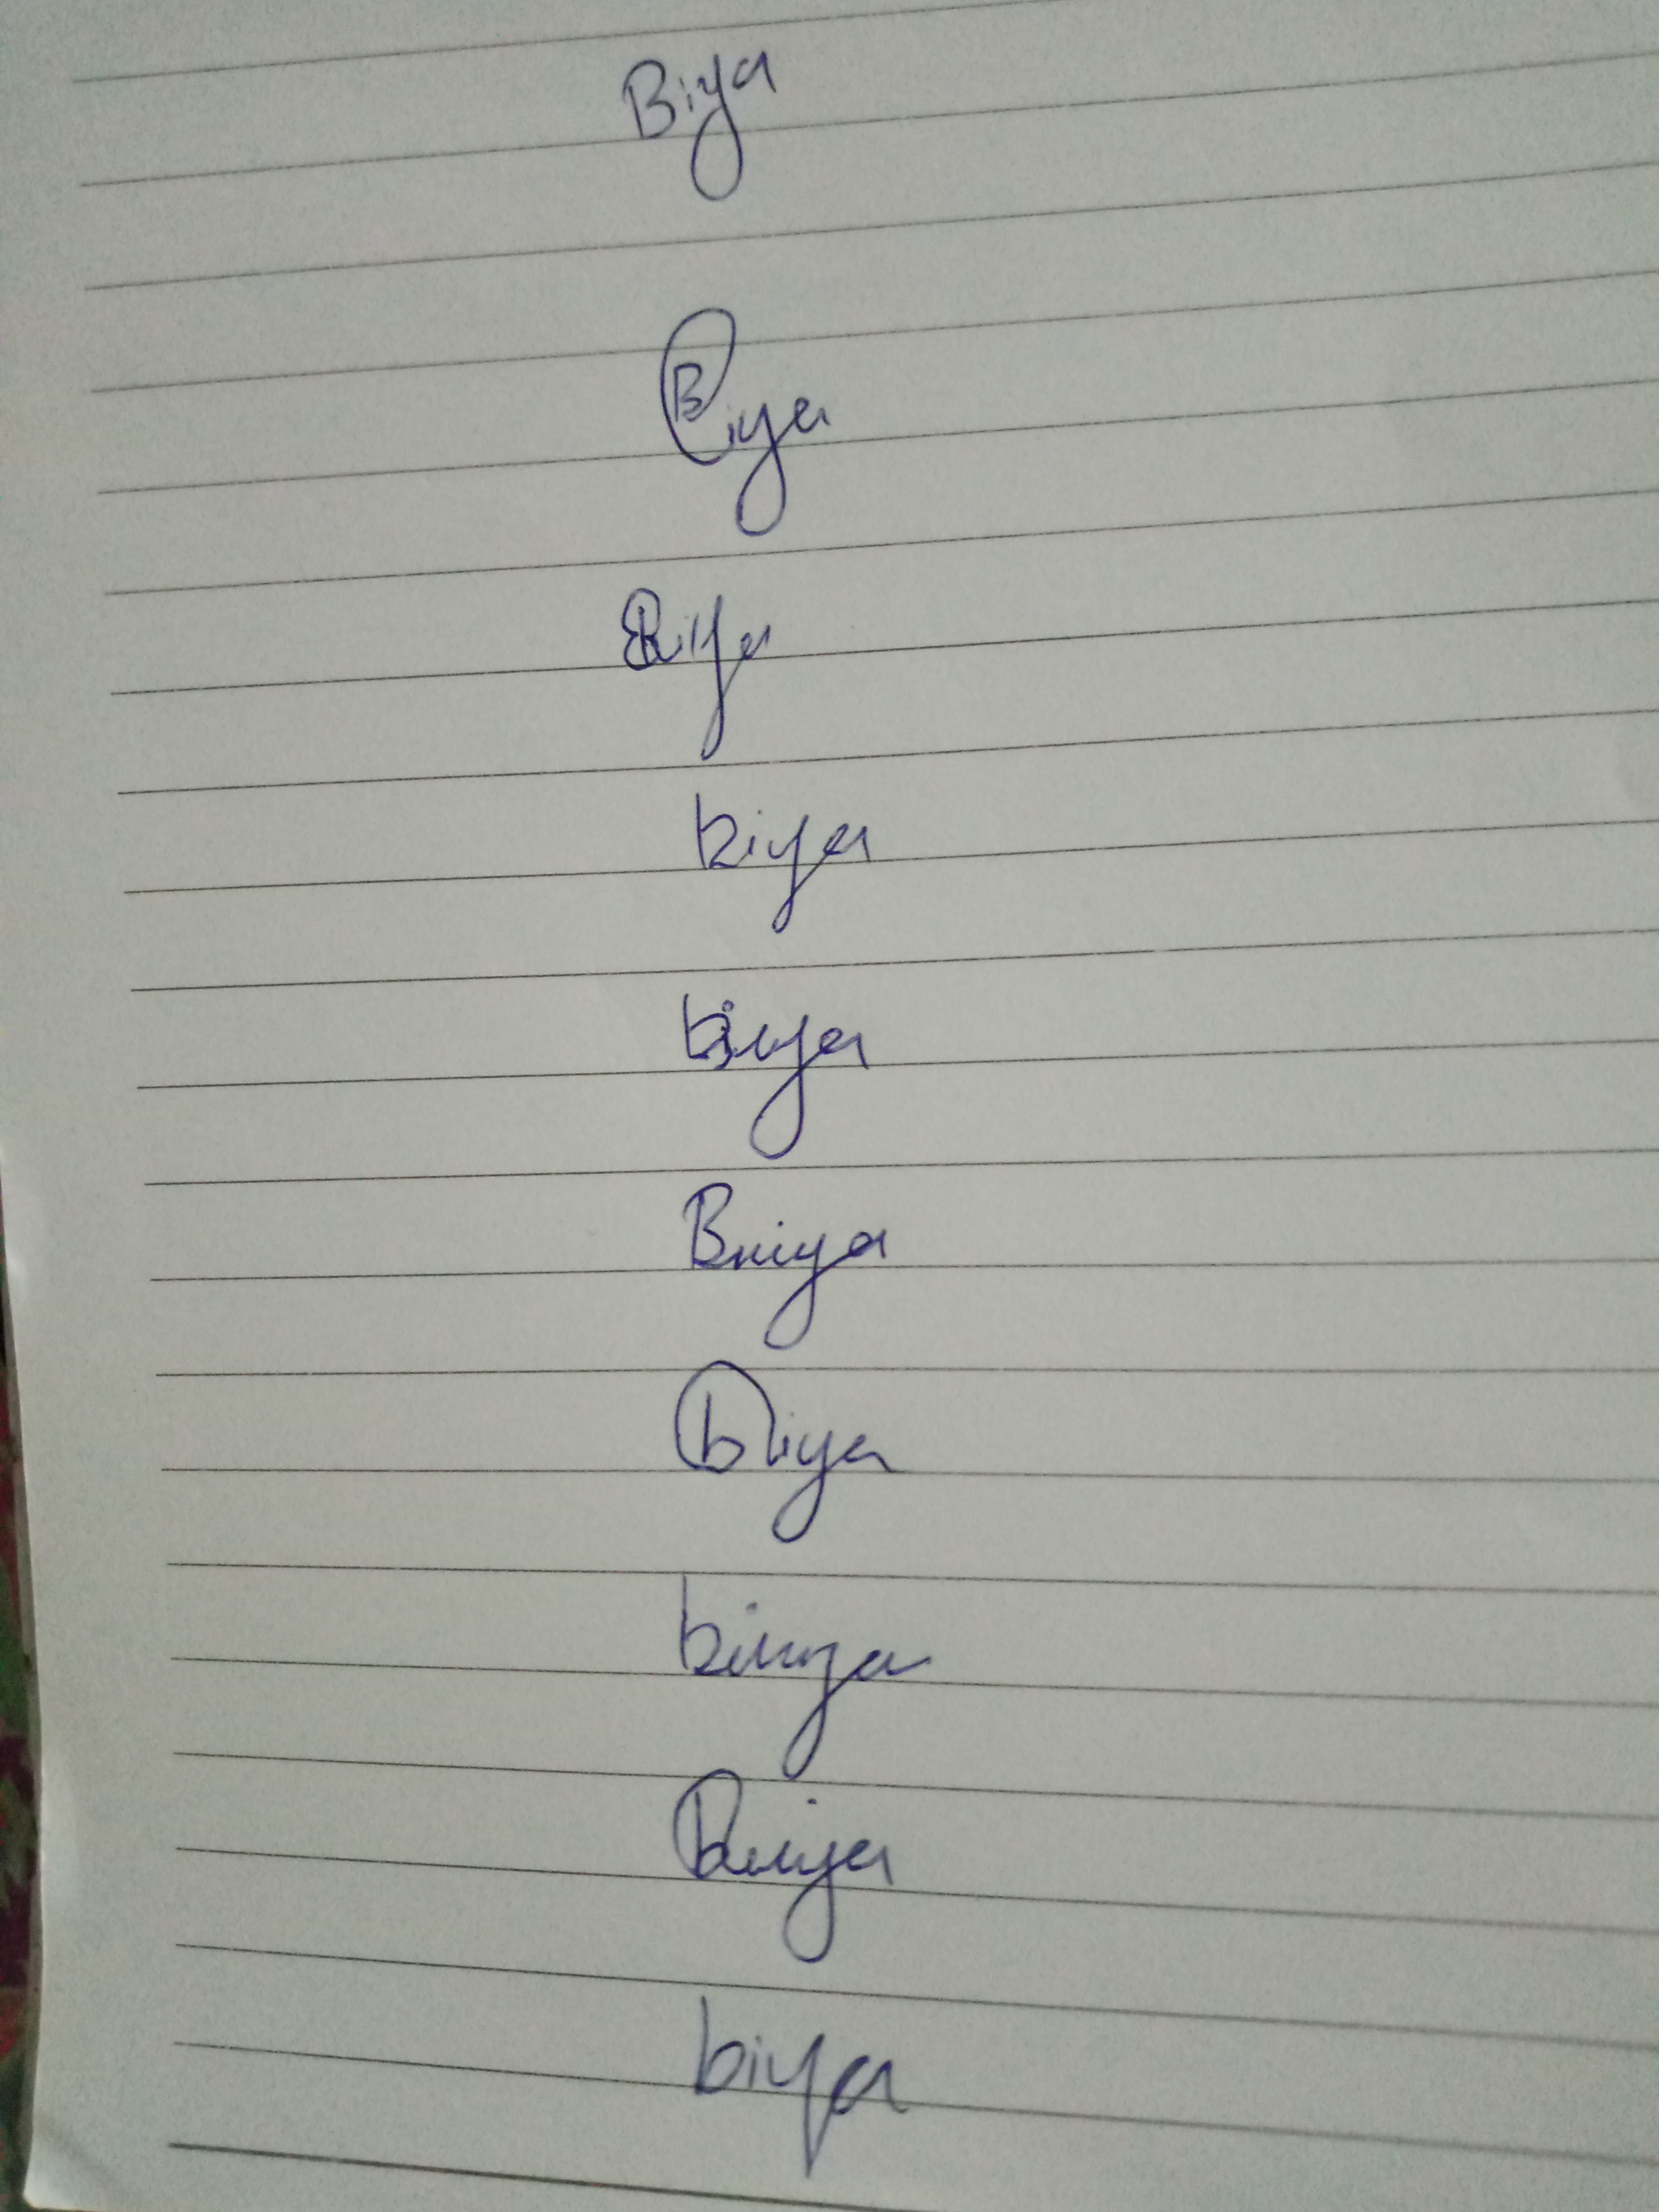
Signature authenticity: genuine